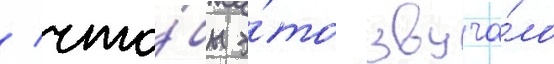
/ что́бы э́то звуча́ло